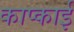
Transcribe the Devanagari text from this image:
काप्काई